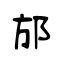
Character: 邡